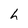
Character: h